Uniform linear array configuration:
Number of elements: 8
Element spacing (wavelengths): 0.75
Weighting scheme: blackman
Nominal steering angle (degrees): -60
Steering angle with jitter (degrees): -59.955
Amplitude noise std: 0.05
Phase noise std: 0.05

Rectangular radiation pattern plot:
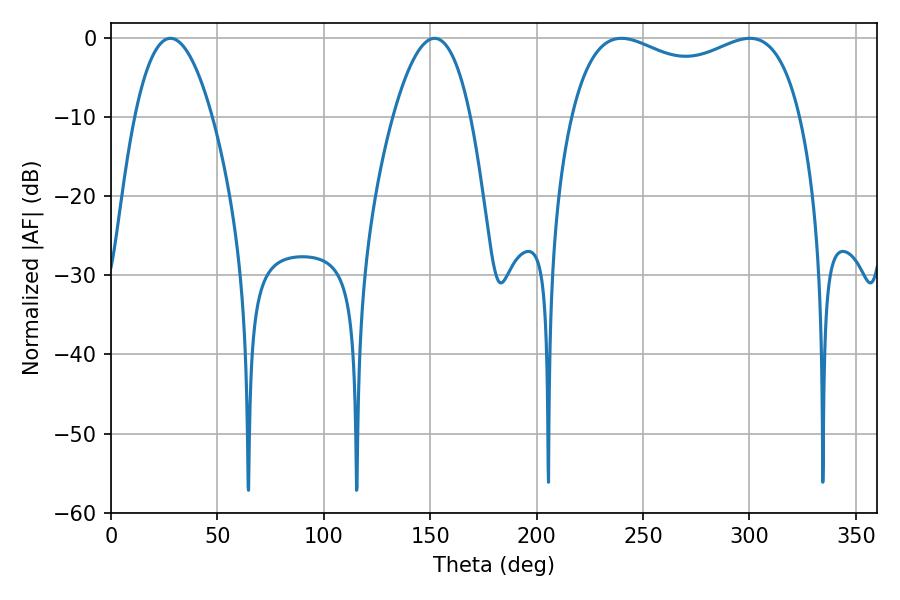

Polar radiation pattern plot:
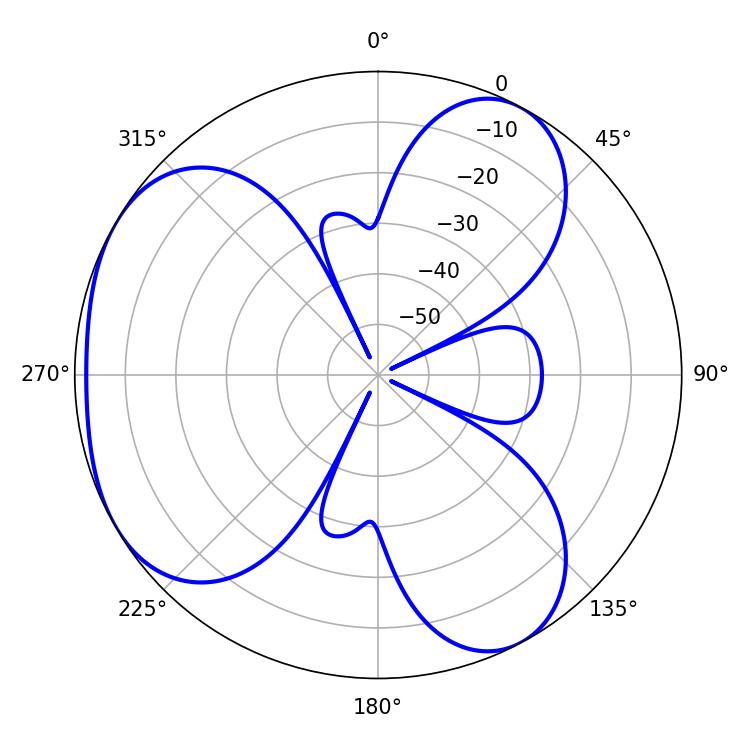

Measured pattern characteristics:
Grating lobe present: TRUE
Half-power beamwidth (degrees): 19.98
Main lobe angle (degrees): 27.9